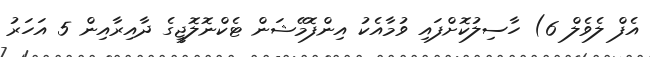
އެފް ލެވެލް 6) ހާސިލުކޮށްފައި ވުމާއެކު އިންފޮމޭޝަން ޓެކްނޮލޮޖީގެ ދާއިރާއިން 5 އަހަރު